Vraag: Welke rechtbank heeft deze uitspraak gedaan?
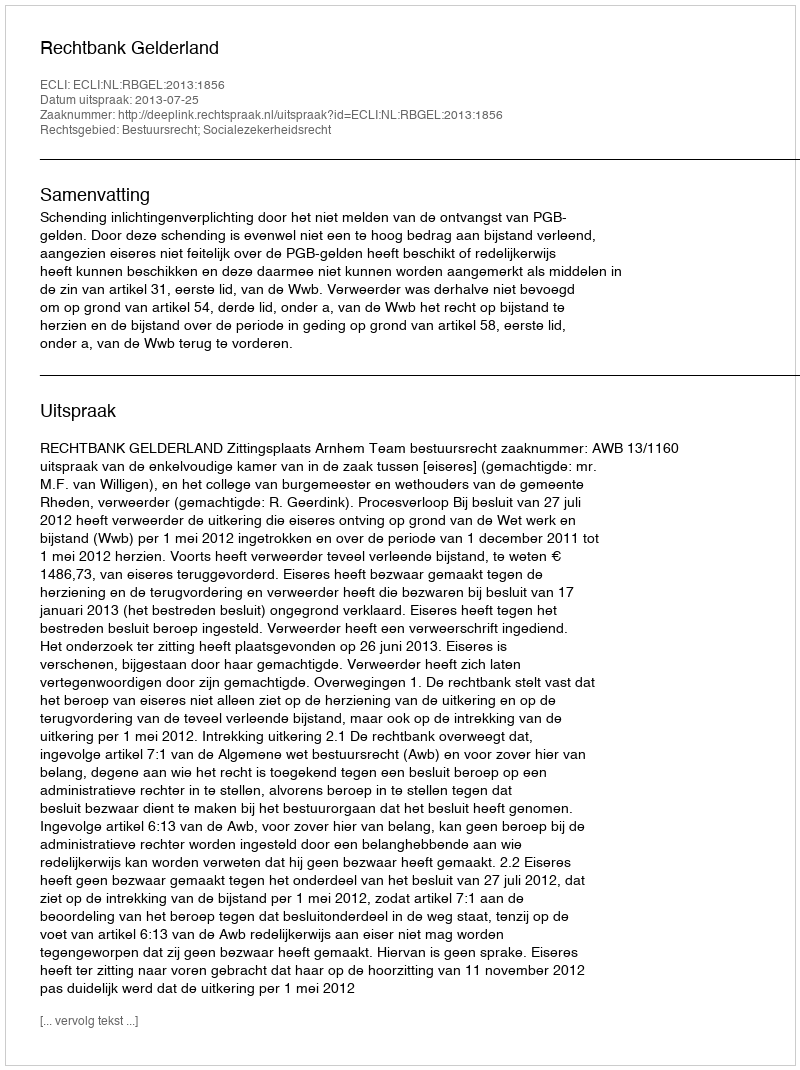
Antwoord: Rechtbank Gelderland